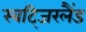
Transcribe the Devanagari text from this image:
स्वटि्जरलैंड